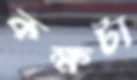
কক্ষটা